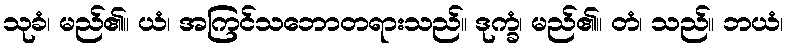
သုခံ၊ မည်၏။ ယံ၊ အကြင်သဘောတရားသည်။ ဒုက္ခံ၊ မည်၏။ တံ၊ သည်။ ဘယံ၊